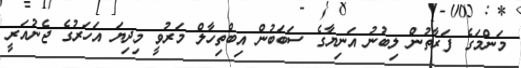
މަންމަގެ ފަރާތުން ލިބުނު އަނިޔާގެ ސަބަބުން އިބްތިހާލް މަރުވީ މިދިޔަ އަހަރުގެ ޖެނުއަރީ